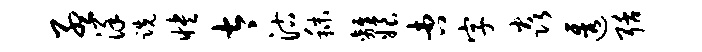
孟详跣怏太沽秣离娘杏字焱透聒